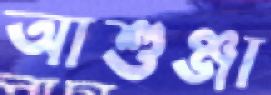
আশুঞ্জা